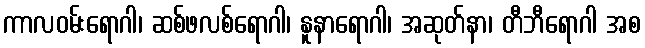
ကာလဝမ်းရောဂါ၊ ဆစ်ဖလစ်ရောဂါ၊ နူနာရောဂါ၊ အဆုတ်နာ၊ တီဘီရောဂါ အစ